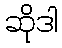
ဆိုဒါ